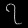
Digit: ၇